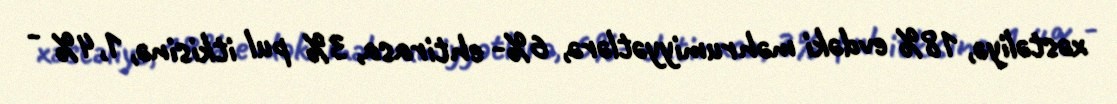
xəstəliyə, 18% evdəki məhrumiyyətlərə, 6%- ehtirasa, 3% pul itkisinə, 1,4% -